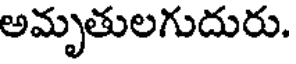
అమృతులగుదురు.